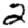
Digit: 2